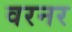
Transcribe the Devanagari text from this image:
वरनर